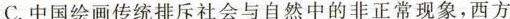
C.中国绘画传统排斥社会与自然中的非正常现象，西方